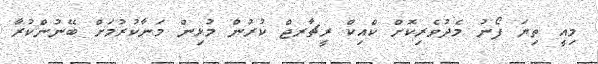
މިއީ ތިޔަ ފޯނު މެދުވެރިކޮށް ކްއިކް ރީޗާރޖް ކުރުން މުޅިން މަނާކުރުމަށް ބޭނުންކުރާ